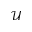
\mathcal { U }